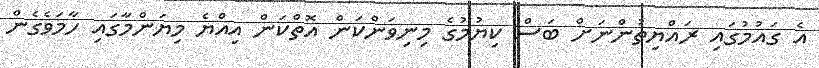
އެ ގައުމުގައި ރައްޔިތުންނަށް ބަސް ކިޔުމުގެ މިނިވަންކަން އޮތްކަން އިއްޔެ މިޔަންމާގައި ހާމަވެގެން